Annual administration report of the Bombay Presidency - 1887-1892
Year: 1887
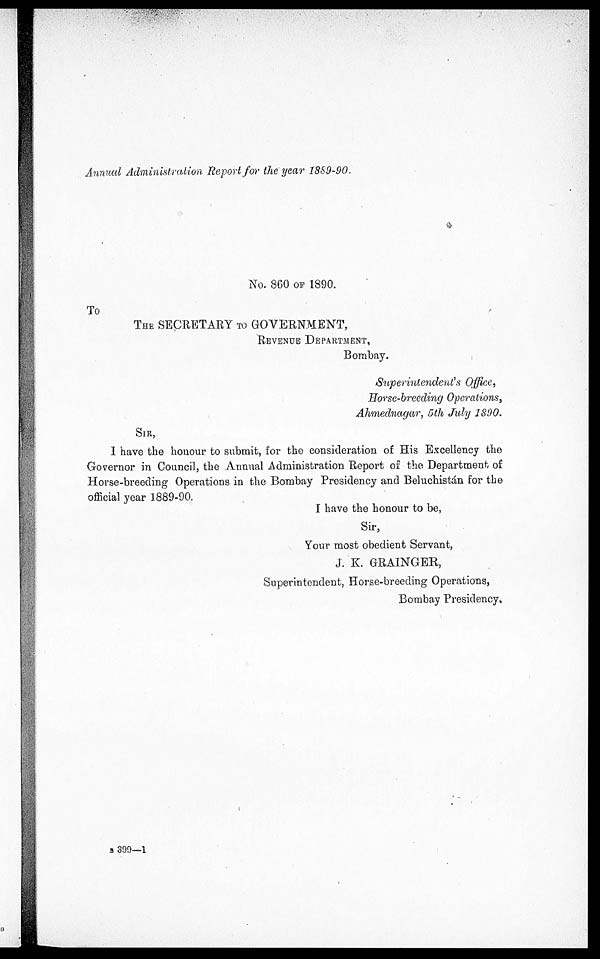
Annual Administration Report for the year 1889-90.
No. 860 OF 1890.
To
THE SECRETARY TO GOVERNMENT,
REVENUE DEPARTMENT,
Bombay.
Superintendent's Office,
Horse-breeding Operations,
Ahmednagar, 5th July 1890.
SIR,
I have the honour to submit, for the consideration of His Excellency the
Governor in Council, the Annual Administration Report of the Department of
Horse-breeding Operations in the Bombay Presidency and Beluchistán for the
official year 1889-90.
I have the honour to be,
Sir,
Your most obedient Servant,
J. K. GRAINGER,
Superintendent, Horse-breeding Operations,
Bombay Presidency.
B 399—1